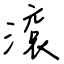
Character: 滾